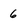
Character: 6